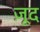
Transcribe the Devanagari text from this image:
ज़ूद